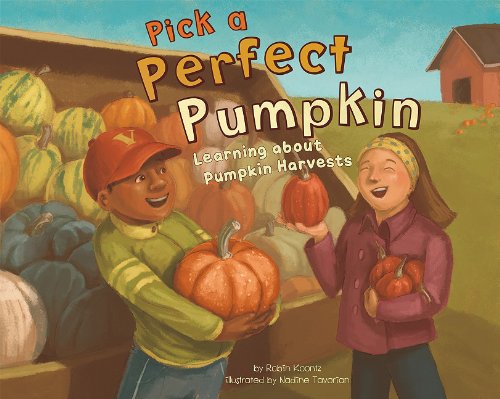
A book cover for Pick a Perfect Pumpkin: Learning About Pumpkin Harvests (Autumn); Robin Koontz; Children's Books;